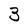
Character: 3